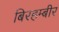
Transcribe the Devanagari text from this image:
बिरहम्बीर